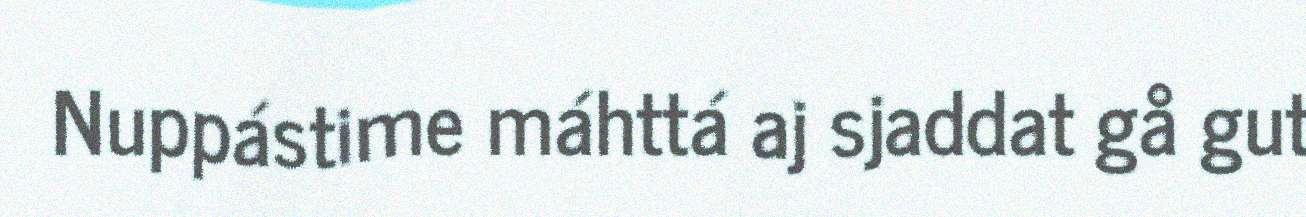
Nuppástime máhttá aj sjaddat gå gut